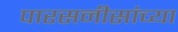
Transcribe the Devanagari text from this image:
पारसनीसांच्या